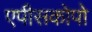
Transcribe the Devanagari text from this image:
एपीसकोपो